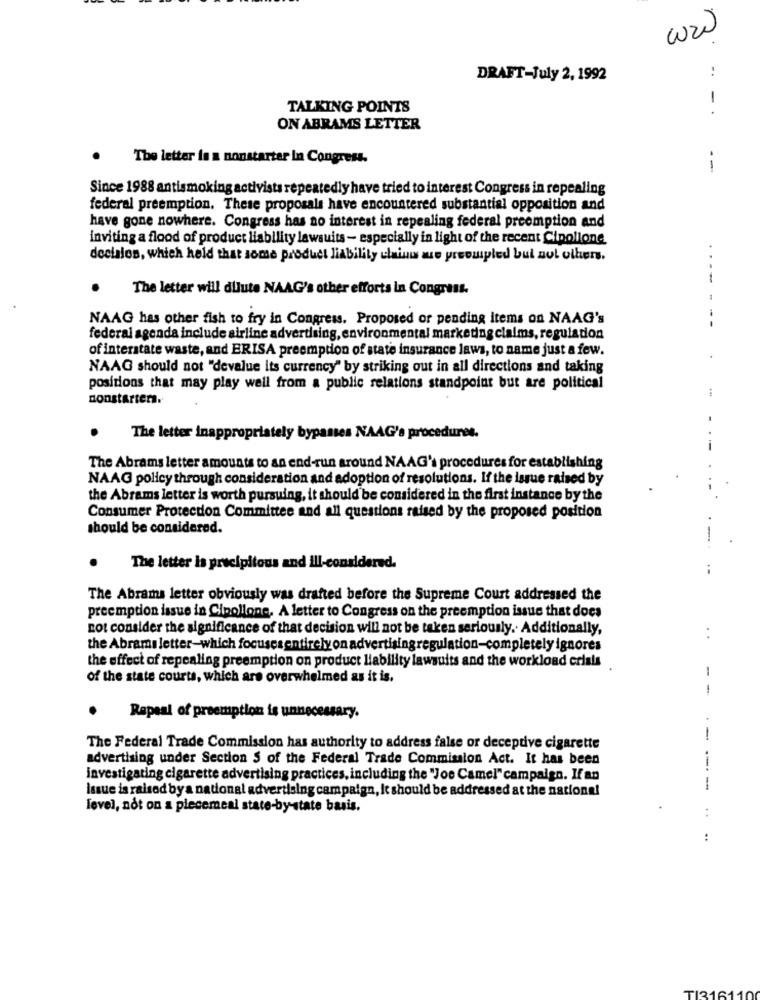
ww
DRAFT-July 2, 1992
TALKING POINTS
-. -.
ON ABRAMS LETTER
The letter is a nonstarter In Congress.
--
Since 1988 antismoking activists repeatedly have tried to interest Congress in repealing
federal preemption. These proposals have encountered substantial opposition and
have gone nowhere. Congress has no interest in repealing federal preemption and
inviting a flood of product liability lawsuits - especially in light of the recent Cipollone
deciales, which held that some product liability chaines we preowipled bul nul others.
The letter will dilute NAAG's other efforts in Congress.
NAAG has other fish to fry in Congress. Proposed or pending items on NAAG's
--
federal agenda include airline advertising, environmental marketing claims, regulation
of interstate waste, and ERISA preemption of state insurance laws, to name just a few.
NAAG should not "devalue its currency" by striking out in all directions and taking
positions that may play well from a public relations standpoint but are political
nonstarters.
The letter inappropria
ely bypasses NAAG's procedures.
The Abrams letter amounts to an end-run around NAAG's procedures for establishing
NAAG policy through consideration and adoption of resolutions. If the issue raised by
the Abrams letter is worth pursuing, it should be considered in the first instance by the
Consumer Protection Committee and all questions raised by the proposed position
should be considered.
-
.
The letter is precipitous and ill-considered.
The Abrams letter obviously was drafted before the Supreme Court addressed the
preemption issue in Cipollone, A letter to Congress on the preemption issue that does
not consider the significance of that decision will not be taken seriously. Additionally,
the Abrams letter-which focusesentirelyon advertisingregulation-completely ignores
the effect of repealing preemption on product liability lawsuits and the workload crlals
-
of the state courts, which are overwhelmed as it is.
Rapeal of preemption is unnecessary.
--
The Federal Trade Commission has authority to address false or deceptive cigarette
advertising under Section S of the Federal Trade Commission Act. It has been
investigating cigarette advertising practices, including the "Joe Camel" campaign. If an
Issue is raised bya national advertising campaign, it should be addressed at the national
--- -
level, not on a piecemeal state-by-state basis.
:
:
TI316110